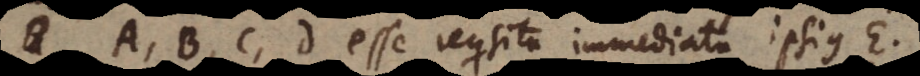
A, B, C, D esse requisita immediata ipsius E,